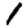
Digit: 1